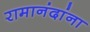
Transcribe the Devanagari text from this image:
रामानंदांना